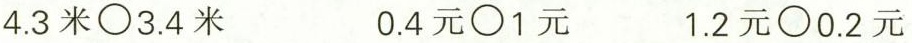
$$4.3米\bigcirc 3.4米$$ $$0.4元\bigcirc1元$$ $$1.2元\bigcirc0.2元$$